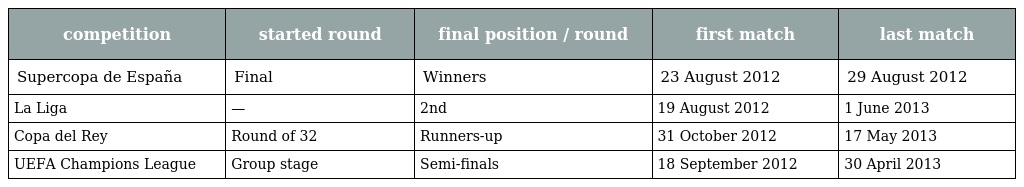
| competition | started round | final position / round | first match | last match |
 | --- | --- | --- | --- | --- |
 | Supercopa de España | Final | Winners | 23 August 2012 | 29 August 2012 |
 | La Liga | — | 2nd | 19 August 2012 | 1 June 2013 |
 | Copa del Rey | Round of 32 | Runners-up | 31 October 2012 | 17 May 2013 |
 | UEFA Champions League | Group stage | Semi-finals | 18 September 2012 | 30 April 2013 |